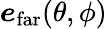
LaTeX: \boldsymbol{e}_{\mathrm{far}}(\theta,\phi)